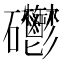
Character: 𥘄